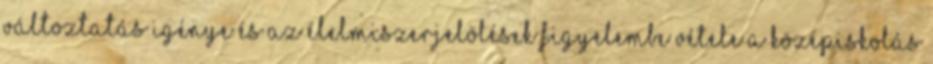
változtatás igénye és az élelmiszerjelölések figyelembe vétele a középiskolás